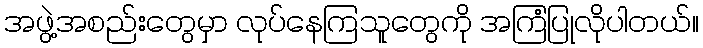
အဖွဲ့အစည်းတွေမှာ လုပ်နေကြသူတွေကို အကြံပြုလိုပါတယ်။